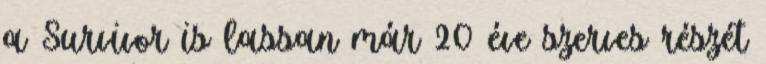
a Survivor is lassan már 20 éve szerves részét